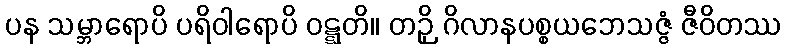
ပန သမ္ဘာရောပိ ပရိဝါရောပိ ဝဋ္ဋတိ။ တဉှိ ဂိလာနပစ္စယဘေသဇ္ဇံ ဇီဝိတဿ